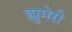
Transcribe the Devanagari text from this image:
ह्युमेरी